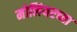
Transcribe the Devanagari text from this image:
मोलियरच्या